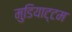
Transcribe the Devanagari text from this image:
मुडियाट्टम